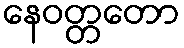
နေဝတ္တတော